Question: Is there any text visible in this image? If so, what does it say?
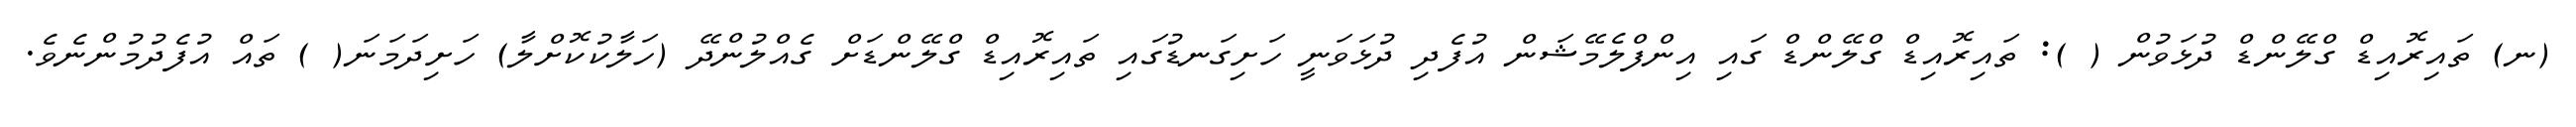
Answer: (ނ) ތައިރޮއިޑް ގްލޭންޑް ދުޅަވުން ( ): ތައިރޮއިޑް ގްލޭންޑް ގައި އިންފްލެމޭޝަން އުފެދި ދުޅަވަނީ ހަށިގަނޑުގައި ތައިރޮއިޑް ގްލޭންޑަށް ގެއްލުންދޭ (ހަލާކުކޮށްލާ) ހަށިދަމަނަ( ) ތައް އުފެދުމުންނެވެ.